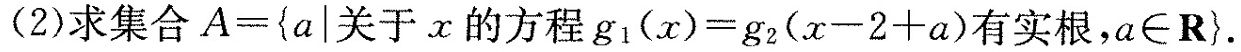
(2)求集合$$A = \ { a \mid$$关于x的方程$$g _ { 1 } ( x ) = g _ { 2 } ( x - 2 + a )$$有实根，a \in \mathbf{R}\}。